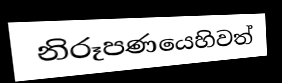
නිරූපණයෙහිවත්